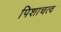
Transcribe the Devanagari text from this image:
पिशाचत्व